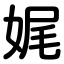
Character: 娓